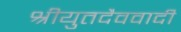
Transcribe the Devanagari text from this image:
श्रीयुतदैववादी